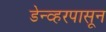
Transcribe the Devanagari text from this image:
डेन्व्हरपासून